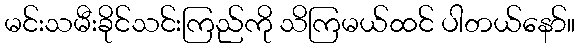
မင်းသမီးခိုင်သင်းကြည်ကို သိကြမယ်ထင် ပါတယ်နော်။